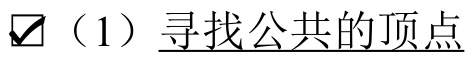
☑（1）寻找公共的顶点